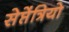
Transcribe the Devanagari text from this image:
सेप्तेंत्रियो